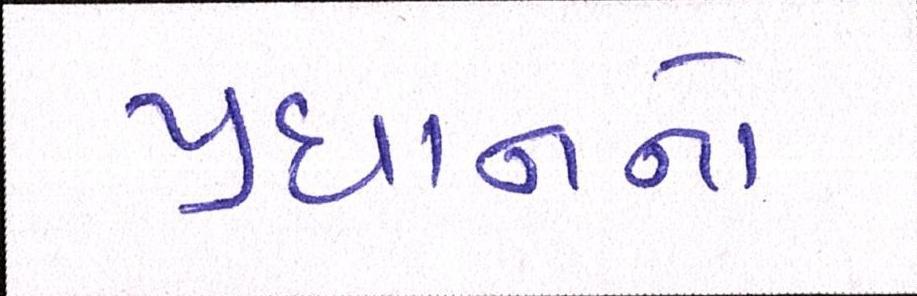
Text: પ્રધાનનો